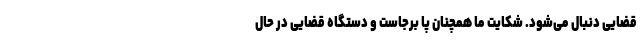
قضایی دنبال می‌شود. شکایت ما همچنان پا برجاست و دستگاه قضایی در حال